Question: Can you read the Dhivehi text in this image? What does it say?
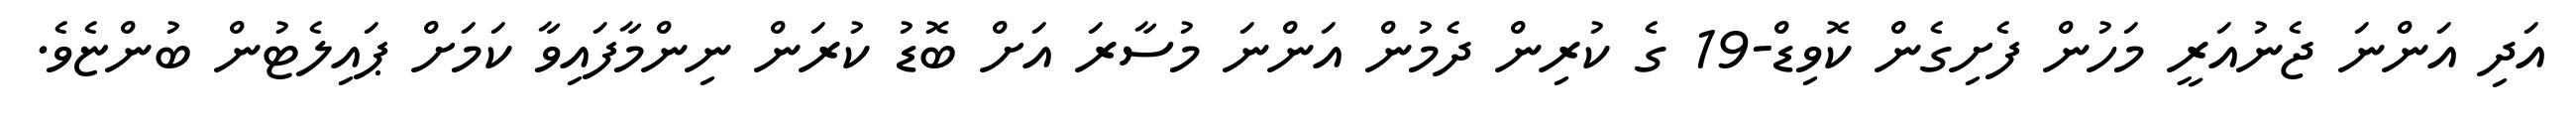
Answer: އަދި އަންނަ ޖެނުއަރީ މަހުން ފެށިގެން ކޮވިޑް-19 ގެ ކުރިން ދެމުން އަންނަ މުސާރަ އަށް ބޮޑު ކުރަން ނިންމާފައިވާ ކަމަށް ޕައިލެޓުން ބުންޏެވެ.